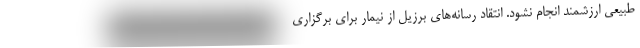
طبیعی ارزشمند انجام نشود. انتقاد رسانه‌های برزیل از نیمار برای برگزاری